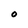
Character: O